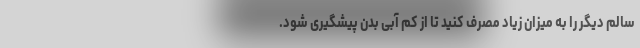
سالم دیگر را به میزان زیاد مصرف کنید تا از کم آبی بدن پیشگیری شود.